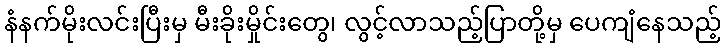
နံနက်မိုးလင်းပြီးမှ မီးခိုးမှိုင်းတွေ၊ လွင့်လာသည့်ပြာတို့မှ ပေကျံနေသည့်